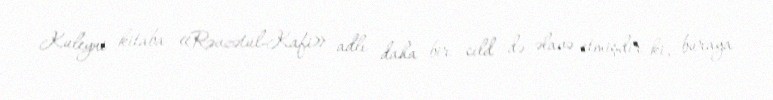
Kuleyni kitaba «Rəvzətul-Kafi» adlı daha bir cild də əlavə etmişdir ki, buraya